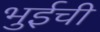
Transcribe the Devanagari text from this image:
भुईची